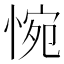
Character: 惋